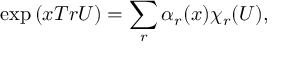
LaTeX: \exp \left( x T r U \right) = \sum _ { r } \alpha _ { r } ( x ) \chi _ { r } ( U ) ,